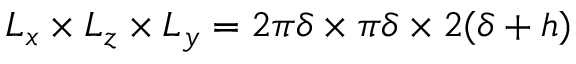
L _ { x } \times L _ { z } \times L _ { y } = 2 \pi \delta \times \pi \delta \times 2 ( \delta + h )